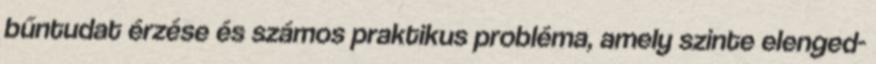
bűntudat érzése és számos praktikus probléma, amely szinte elenged-